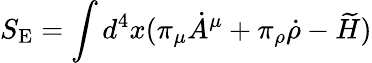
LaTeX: S_{\mathrm{E}}=\int d^{4}x(\pi_{\mu}\dot{A}^{\mu}+\pi_{\rho}\dot{\rho}-\widetilde{H})